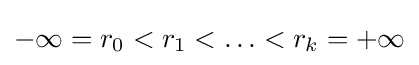
-\infty =r_{0}<r_{1}<\ldots <r_{k}=+\infty